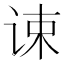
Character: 𬣷